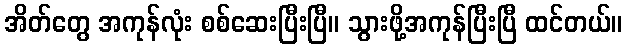
အိတ်တွေ အကုန်လုံး စစ်ဆေးပြီးပြီ။ သွားဖို့အကုန်ပြီးပြီ ထင်တယ်။